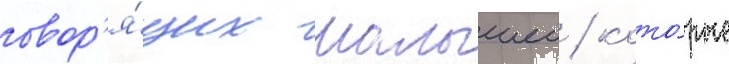
говор'я́щих малышеи / кото́рые